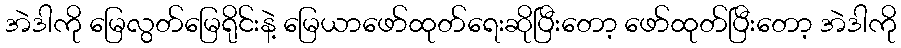
အဲဒါကို မြေလွတ်မြေရိုင်းနဲ့ မြေယာဖော်ထုတ်ရေးဆိုပြီးတော့ ဖော်ထုတ်ပြီးတော့ အဲဒါကို